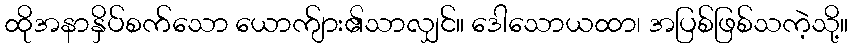
ထိုအနာနှိပ်စက်သော ယောက်ျား၏သာလျှင်။ ဒေါသောယထာ၊ အပြစ်ဖြစ်သကဲ့သို့။